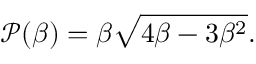
\mathscr { P } ( \beta ) = { \beta \sqrt { 4 \beta - 3 \beta ^ { 2 } } } .